Annual administration report of the Civil Veterinary Department of India - 1896-1897
Year: 1896
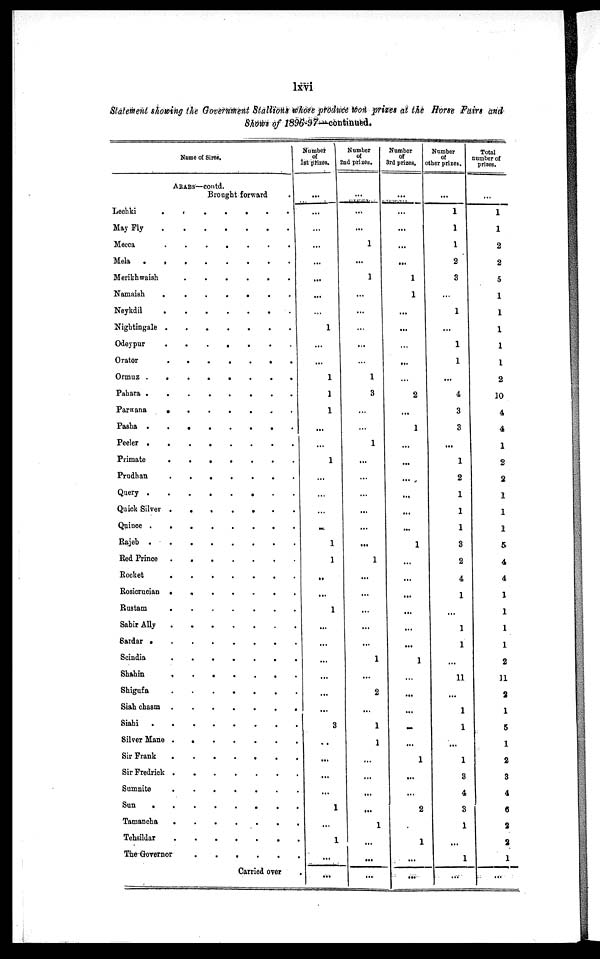
lxvi
Statement showing the Government Stallion whose produce won prizes at the Rom Fairs and
Shows of 1896-97—continued.
Name of Sires.
ARABS—contd.
Brought forward
Lechki
.
.
.
.
.
.
May Fly
.
.
.
.
.
.
Mecca
.
.
.
.
.
.
Mela
.
.
.
.
.
.
Merikhwaish
.
.
.
.
.
.
Namaish
.
.
.
.
.
.
Neykdil
.
.
.
.
.
.
Nightingale
.
.
.
.
.
.
Odeypur
.
.
.
.
.
.
Orator
Ormuz
.
.
.
.
.
.
Pahara
.
.
.
.
.
.
Parwana
.
.
.
.
.
.
Pasha
.
.
.
.
.
.
Peeler
Primate
.
.
.
.
.
.
Prudhan
.
.
.
.
.
.
Query
.
.
.
.
.
.
Quick Silver
.
.
.
.
.
.
Quince
.
.
.
.
.
.
Rajeb
.
.
.
.
.
.
Red Prince
.
.
.
.
.
.
Rocket
.
.
.
.
.
.
Rosicrucian
.
.
.
.
.
.
.
Rustam
.
.
.
.
.
.
Sabir Ally
.
.
.
.
.
.
.
Sardar
.
.
.
.
.
.
Schidia
.
.
.
.
.
.
.
Shahin
.
.
.
.
.
.
.
Shigufa
.
.
.
.
.
.
Siah chasm
.
.
.
.
.
.
.
Siahi
.
.
.
.
.
.
Silver Mane
Sir Frank
Sir Fredrick
Sumnite
.
.
.
.
.
.
Sun
.
.
.
.
.
.
Tamancha
.
.
.
.
.
.
Tehsildar
.
.
.
.
.
.
The Governor
.
.
.
.
.
.
Carried over
Number
of
1st prizes.
...
...
...
...
...
...
...
...
1
...
...
1
1
1
...
...
1
...
...
...
...
1
1
...
...
1
...
...
...
...
...
...
3
...
...
...
...
1
...
1
...
...
Number
of
2nd prizes.
...
...
...
1
...
1
...
...
...
...
...
1
3
...
...
1
...
...
...
...
...
...
1
...
...
...
...
...
1
...
2
...
1
1
...
...
...
...
1
...
...
...
Number
of
3rd
prizes.
...
...
...
...
...
1
1
...
...
...
...
...
2
...
1
...
...
...
...
...
...
1
...
...
...
...
...
...
1
...
...
...
...
...
1
...
...
2
1
...
...
Number
of
other prizes.
...
1
1
1
2
3
...
1
...
1
1
...
4
3
3
...
1
2
1
1
1
3
2
4
1
...
1
1
...
11
...
1
1
...
1
3
4
3
1
...
1
...
Total
number of
prizes.
...
1
1
2
2
5
1
1
1
1
1
2
10
4
4
1
2
2
1
1
1
5
4
4
1
1
1
1
2
11
2
1
5
1
2
3
4
6
2
2
1
...